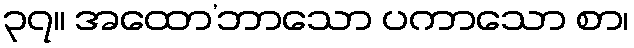
၃၇။ အထော’ဘာသော ပကာသော စာ၊